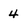
Character: 4